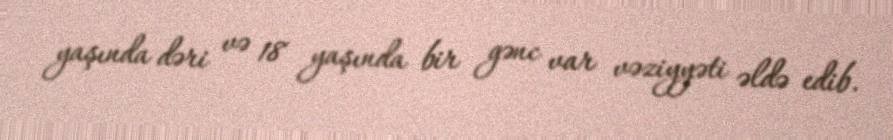
yaşında dəri və 18 yaşında bir gənc var vəziyyəti əldə edib.